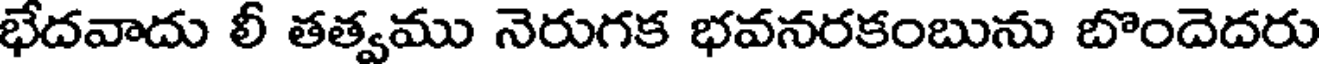
భేదవాదు లీ తత్వము నెరుగక భవనరకంబును బొందెదరు